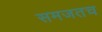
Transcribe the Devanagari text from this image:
समजतच